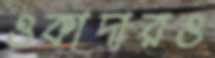
ওকাদারও